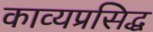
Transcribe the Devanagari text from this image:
काव्यप्रसिद्ध